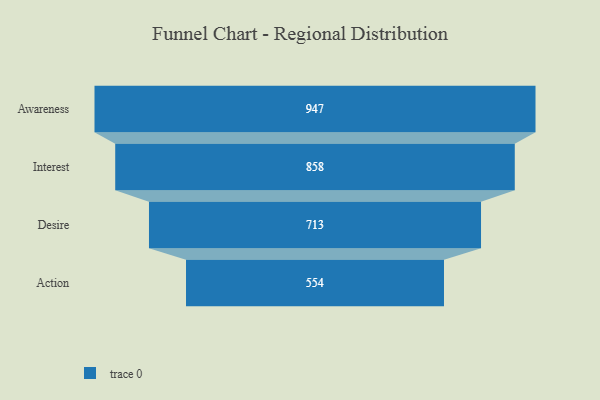
{"axis": {"x": "Stage", "y": "Value"}, "legend": [""], "data": [{"x": "Awareness", "y": 947.0, "type": ""}, {"x": "Interest", "y": 858.0, "type": ""}, {"x": "Desire", "y": 713.0, "type": ""}, {"x": "Action", "y": 554.0, "type": ""}]}